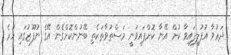
ދަޢުވާ އުފުލިފައިވާ ކުށް އޭނާ ކޮށްފައިވަނީ މަސްތުވާތަކެތި ބޭނުންކޮށްގެން އޭގެ ނުފޫޒުގައި ހުރެ